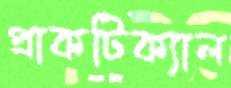
প্রাকটিক্যাল